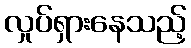
လှုပ်ရှားနေသည့်